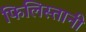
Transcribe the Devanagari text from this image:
फिलिस्तानी